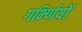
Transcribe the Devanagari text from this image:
गर्भ्णियों